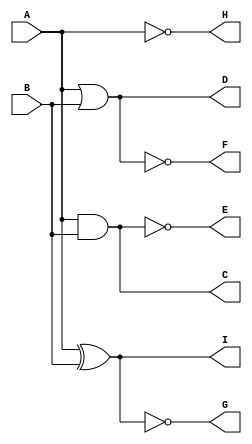
module m1(A,B,C,D,E,F,G,H,I);
input A,B;
output C,D,E,F,G,H,I;
assign C=A&B;
assign D=A|B;
assign E=!(A&B);
assign F=!(A|B);
assign H=!A;
assign I=A^B;
assign G=!(A^B);
endmodule

module test;
reg a,b;
wire c,d,e,f,g,h,i;
m1 g1(a,b,c,d,e,f,g,h,i);
initial begin
$display("A\tB\tC\tD\tE\tF\tG\tH\tI");
$monitor("%b\t%b\t%b\t%b\t%b\t%b\t%b\t%b\t%b",a,b,c,d,e,f,g,h,i);
$dumpfile("first.vcd");
$dumpvars(0,test);
#10 a=0;b=0;
#10 a=0;b=1;
#10 a=1;b=0;
#10 a=1;b=1;
#10
$finish;
end
endmodule